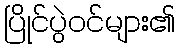
ပြိုင်ပွဲဝင်များ၏